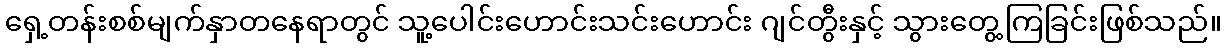
ရှေ့တန်းစစ်မျက်နှာတနေရာတွင် သူ့ပေါင်းဟောင်းသင်းဟောင်း ဂျင်တွီးနှင့် သွားတွေ့ကြခြင်းဖြစ်သည်။